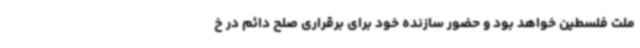
ملت فلسطین خواهد بود و حضور سازنده خود برای برقراری صلح دائم در خ